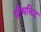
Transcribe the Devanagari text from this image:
हीथकिट